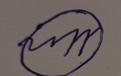
Signature authenticity: forged